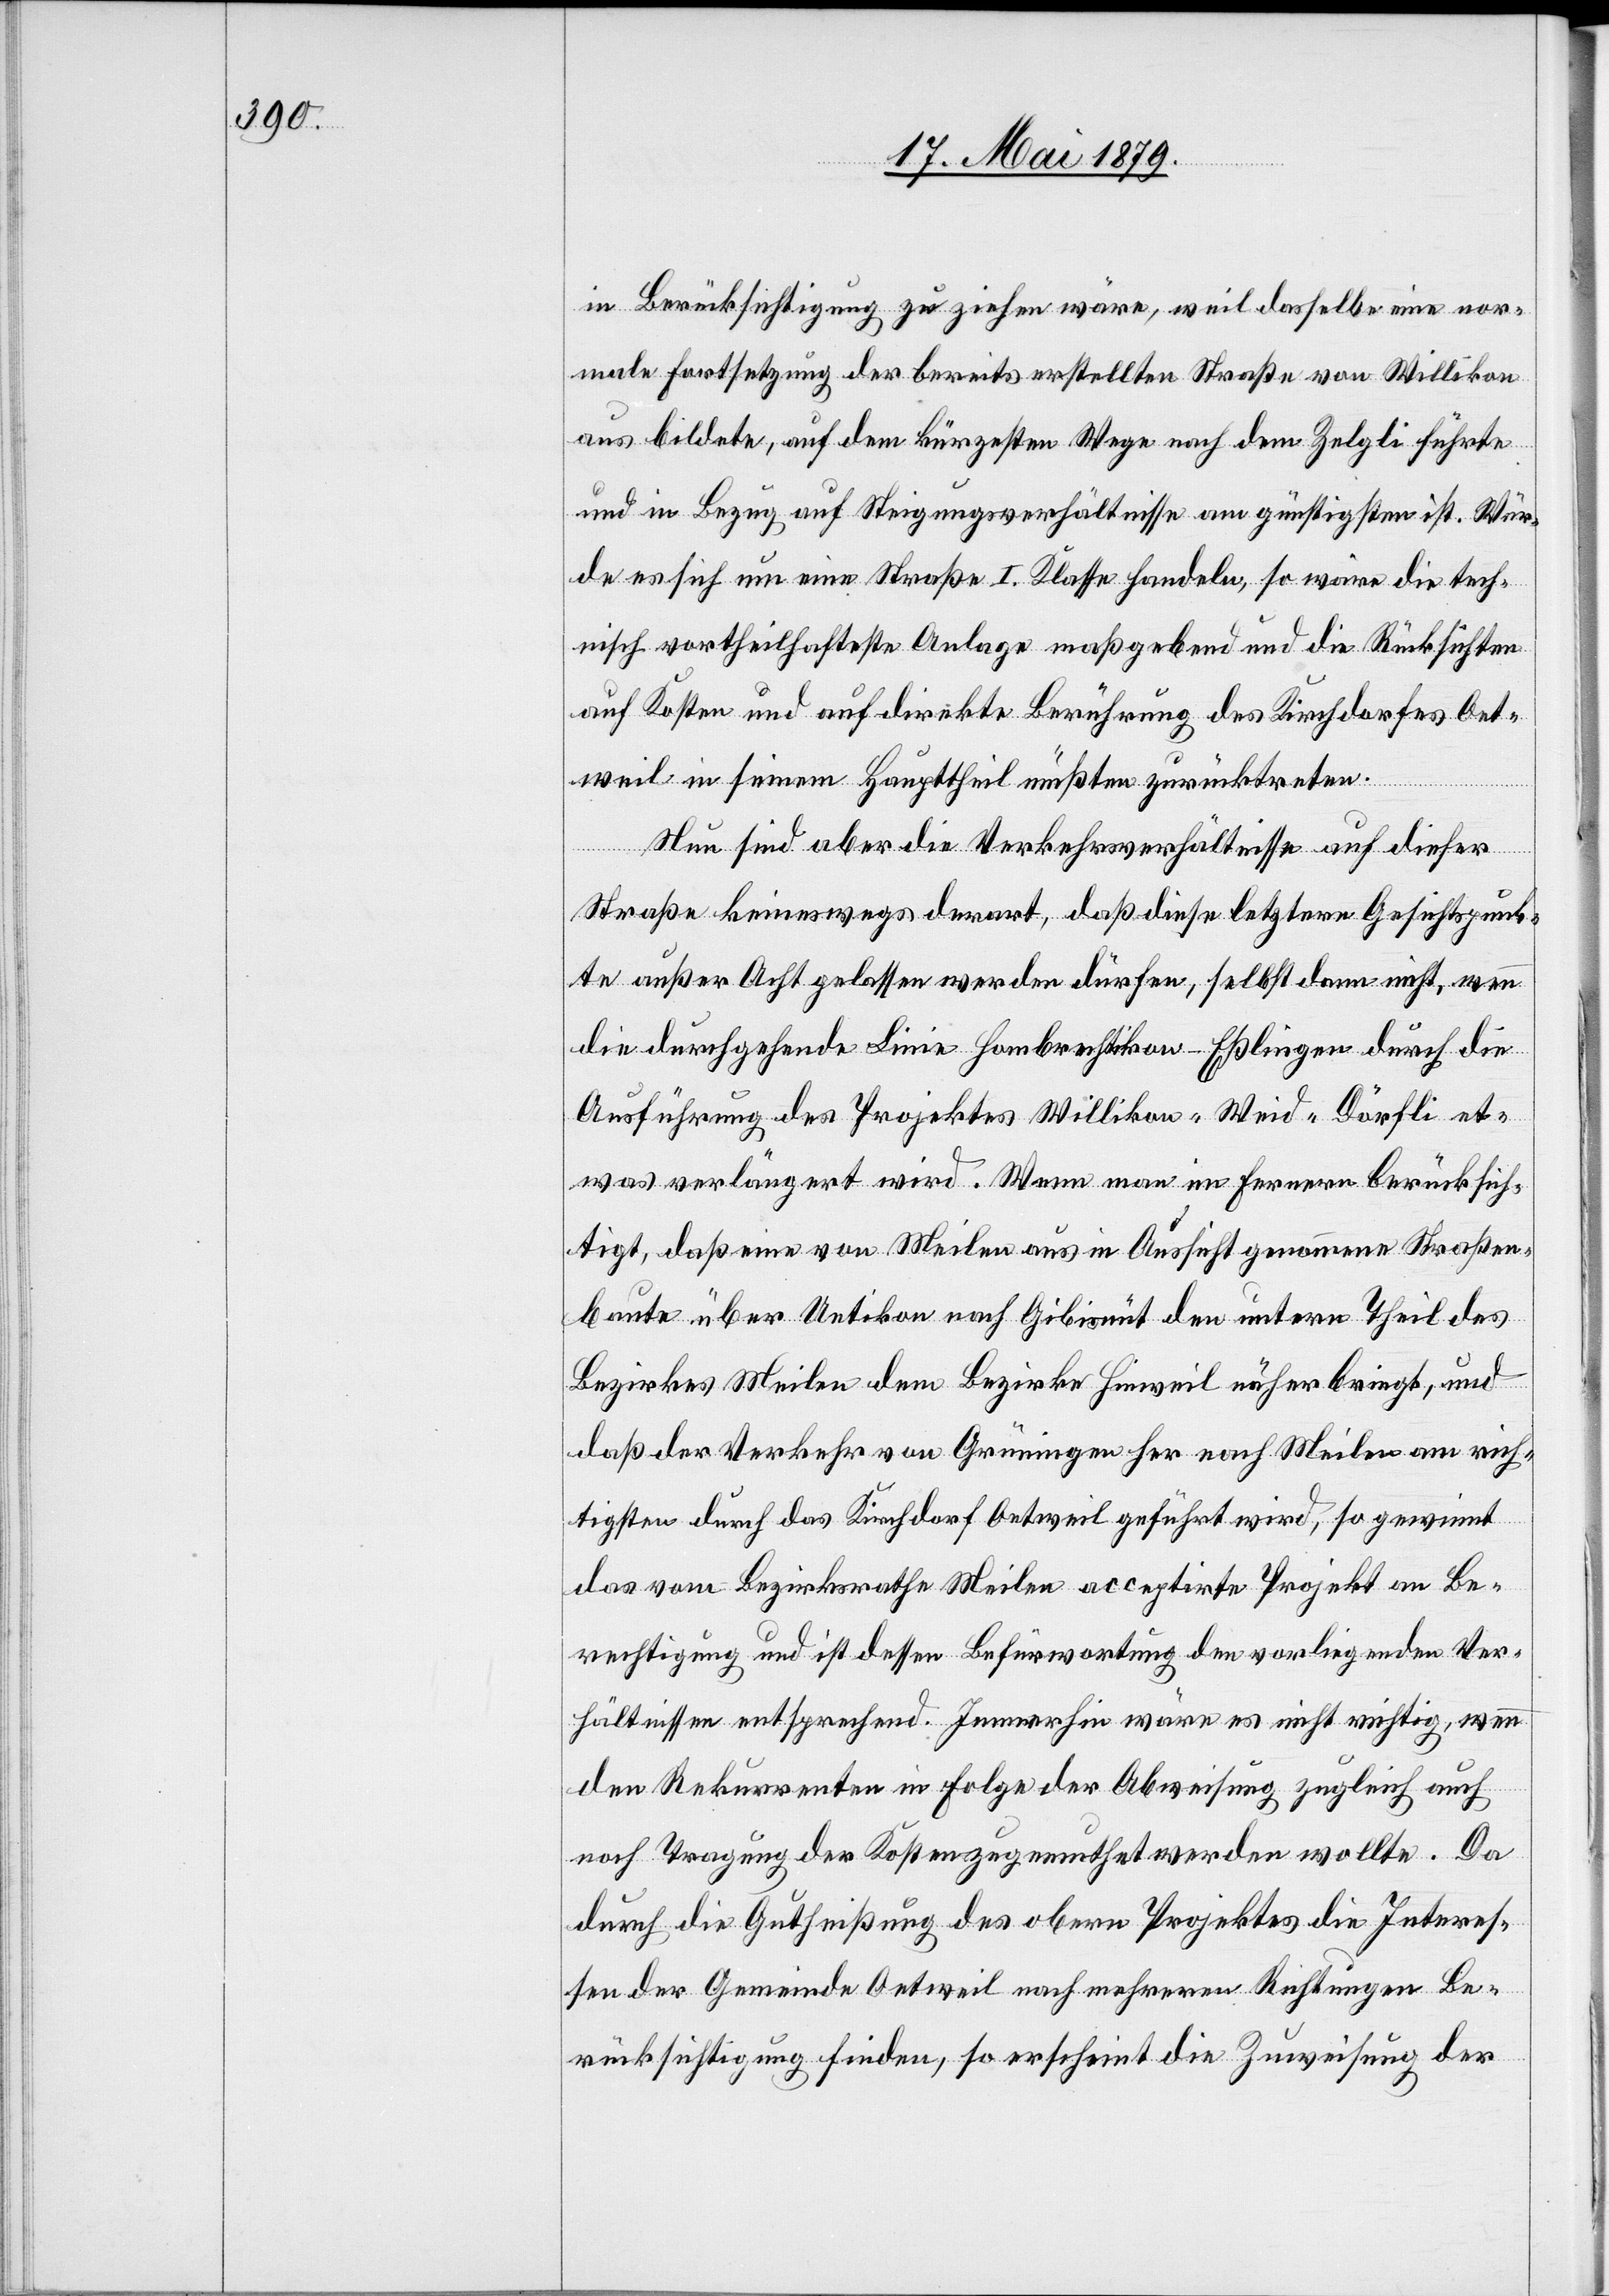
in Berücksichtigung zu ziehen wäre, weil dasselbe eine nor¬
male Fortsetzung der bereits erstellten Straße von Willikon
aus bildete, auf dem kürzesten Wege nach dem Zelgli führte
und in Bezug auf Steigungsverhältnisse am günstigsten ist. Wür¬
de es sich um eine Straße I. Klasse handeln, so wäre die tech¬
nisch vortheilhafteste Anlage maßgebend und die Rücksichten
auf Kosten und auf direkte Berührung des Kirchdorfes Oet¬
weil in seinem Haupttheil müßten zurücktreten.
Nun sind aber die Verkehrsverhältnisse auf dieser
Straße keineswegs derart, das diese letztern Gesichtspunk¬
te außer Acht gelassen werden dürfen, selbst dann nicht, wenn
die durchgehende Linie Hombrechtikon–Eßlingen durch die
Ausführung des Projektes Willikon–Weid–Dörfli et¬
was verlängert wird. Wenn man im Fernern berücksich¬
tigt, daß eine von Meilen aus in Aussicht genommene Straßen¬
baute über Uetikon nach Gibisnüt den untern Theil des
Bezirkes Meilen dem Bezirke Hinweil näher bringt, und
daß der Verkehr von Grüningen her nach Meilen am rich¬
tigsten durch das Kirchdorf Oetweil geführt wird, so gewinnt
das vom Bezirksrathe Meilen acceptirte Projekt an Be¬
rechtigung und ist dessen Befürwortung den vorliegenden Ver¬
hältnissen entsprechend. Immerhin wäre es nicht richtig, wenn
den Rekurrenten in Folge der Abweisung zugleich auch
noch Tragung der Kosten zugemuthet werden wollte. Da
durch die Gutheißung des obern Projektes die Interes¬
sen der Gemeinde Oetweil nach mehreren Richtungen Be¬
rücksichtigung finden, so erscheint die Zuweisung der